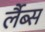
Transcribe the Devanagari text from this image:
र्लैब्स